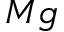
_ { M g }